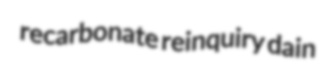
recarbonate reinquiry dain